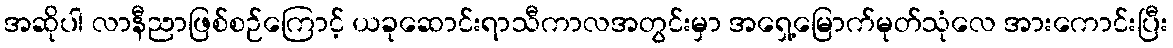
အဆိုပါ လာနီညာဖြစ်စဉ်ကြောင့် ယခုဆောင်းရာသီကာလအတွင်းမှာ အရှေ့မြောက်မုတ်သုံလေ အားကောင်းပြီး